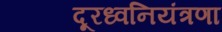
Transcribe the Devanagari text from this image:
दूरध्वनियंत्रणा